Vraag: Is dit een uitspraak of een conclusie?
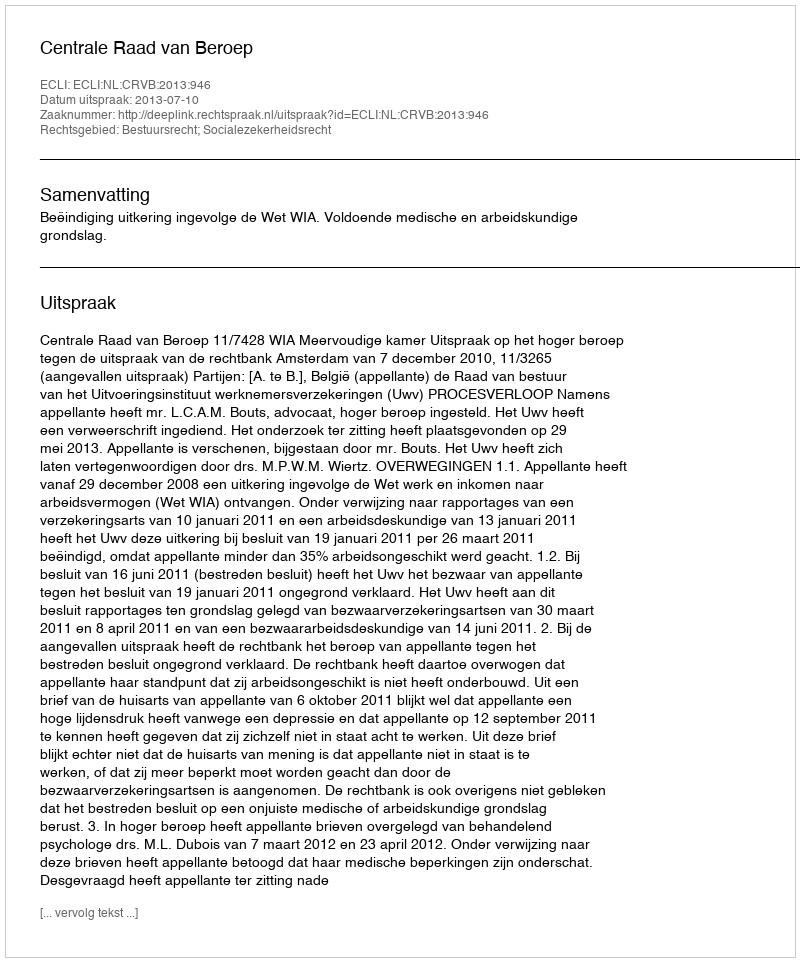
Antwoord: Uitspraak